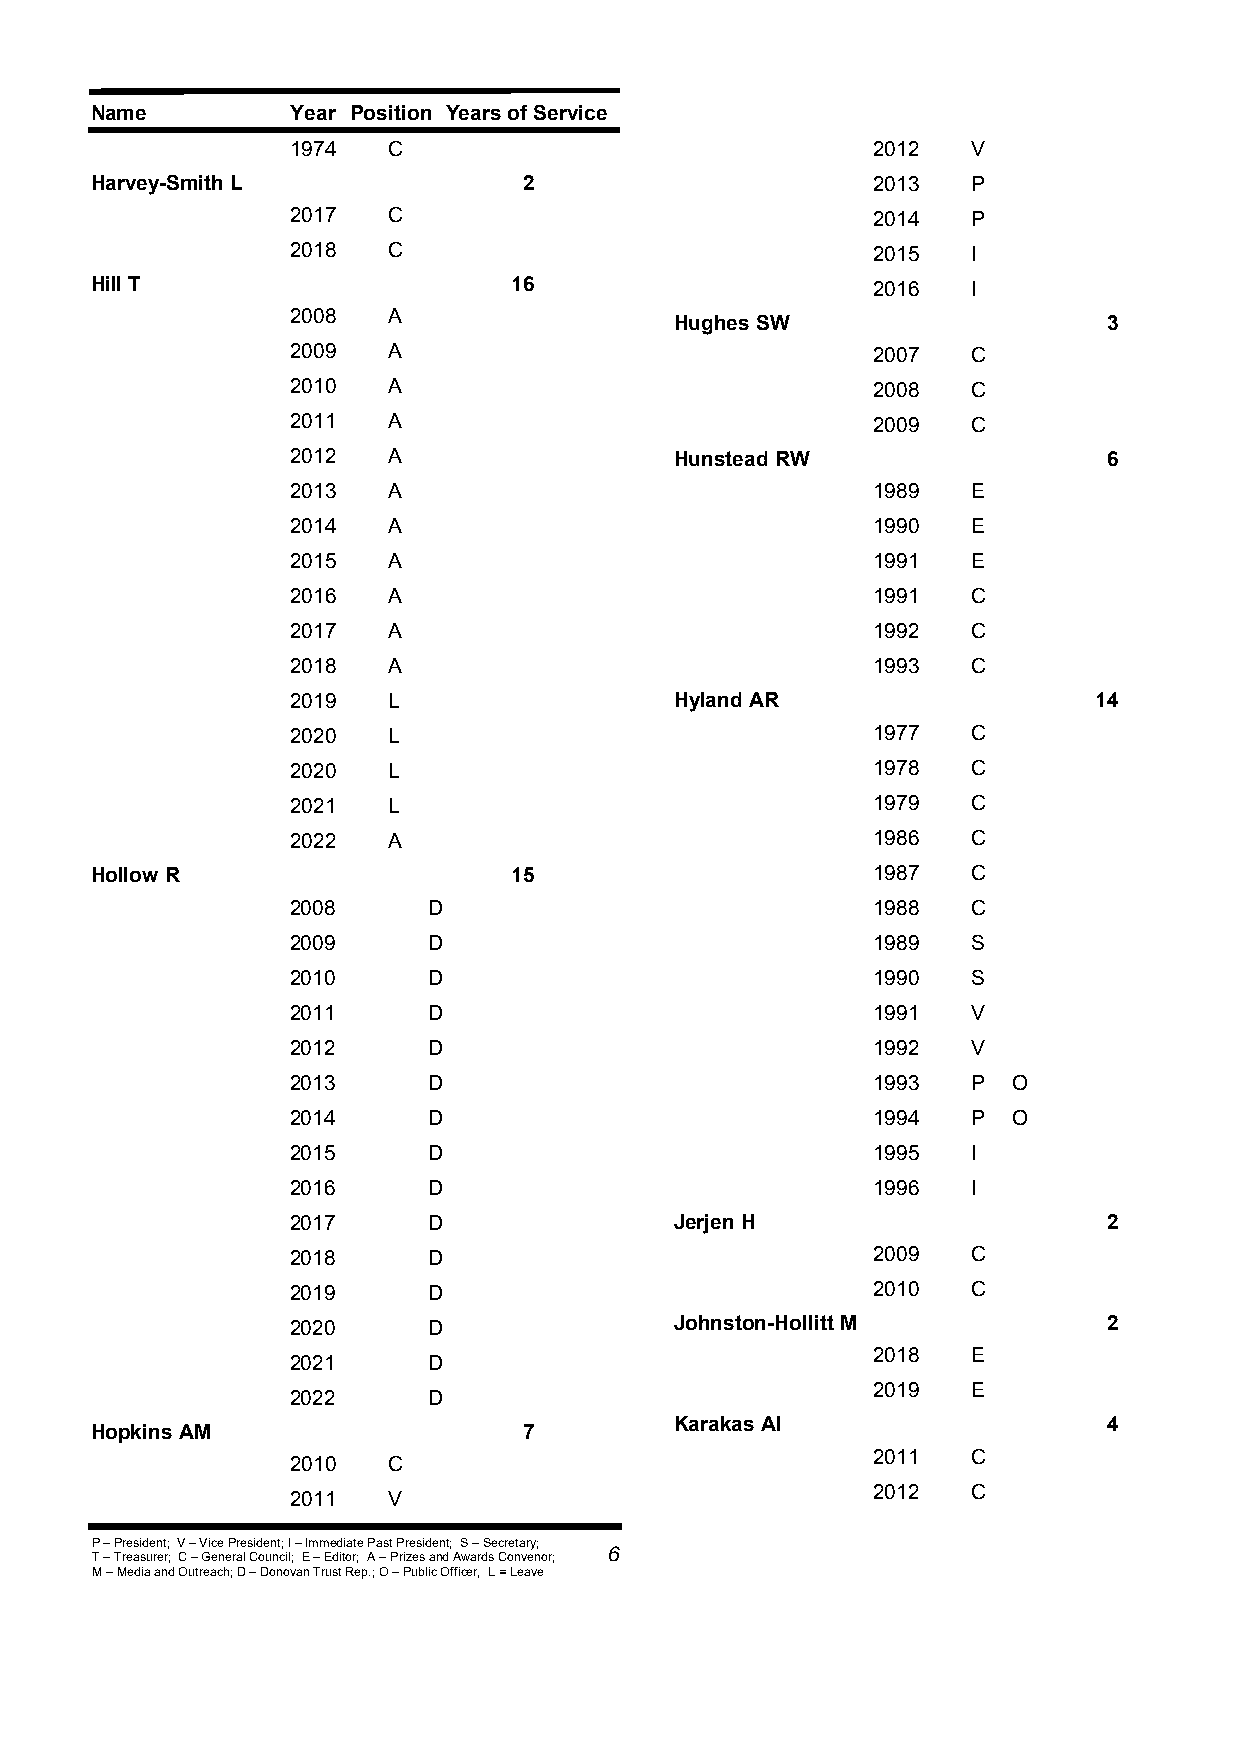
Name         Year Position Years of Service
 1974   C                               2012  V
 Harvey-Smith L               2                      2013  P
 2017   C                               2014  P
 2018   C                               2015  I
 Hill T                      16                      2016  I
 2008   A
 Hughes SW                   3
 2009   A                               2007  C
 2010   A                               2008  C
 2011   A                               2009  C
 2012   A                  Hunstead RW                 6
 2013   A                               1989  E
 2014   A                               1990  E
 2015   A                               1991  E
 2016   A                               1991  C
 2017   A                               1992  C
 2018   A                               1993  C
 2019   L                  Hyland AR                  14
 2020   L                               1977  C
 2020   L                               1978  C
 2021   L                               1979  C
 2022   A                               1986  C
 Hollow R                    15                      1987  C
 2008     D                             1988  C
 2009     D                             1989  S
 2010     D                             1990  S
 2011     D                             1991  V
 2012     D                             1992  V
 2013     D                             1993  P  O
 2014     D                             1994  P  O
 2015     D                             1995  I
 2016     D                             1996  I
 2017     D                Jerjen H                    2
 2018     D                             2009  C
 2019     D                             2010  C
 2020     D                Johnston-Hollitt M          2
 2018  E
 2021     D
 2019  E
 2022     D
 Karakas AI                  4
 Hopkins AM                   7
 2011  C
 2010   C
 2012  C
 2011   V
 P – President; V – Vice President; I – Immediate Past President; S – Secretary;
 6
 T – Treasurer; C – General Council; E – Editor; A – Prizes and Awards Convenor;
 M – Media and Outreach; D – Donovan Trust Rep.; O – Public Officer, L = Leave